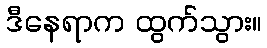
ဒီနေရာက ထွက်သွား။